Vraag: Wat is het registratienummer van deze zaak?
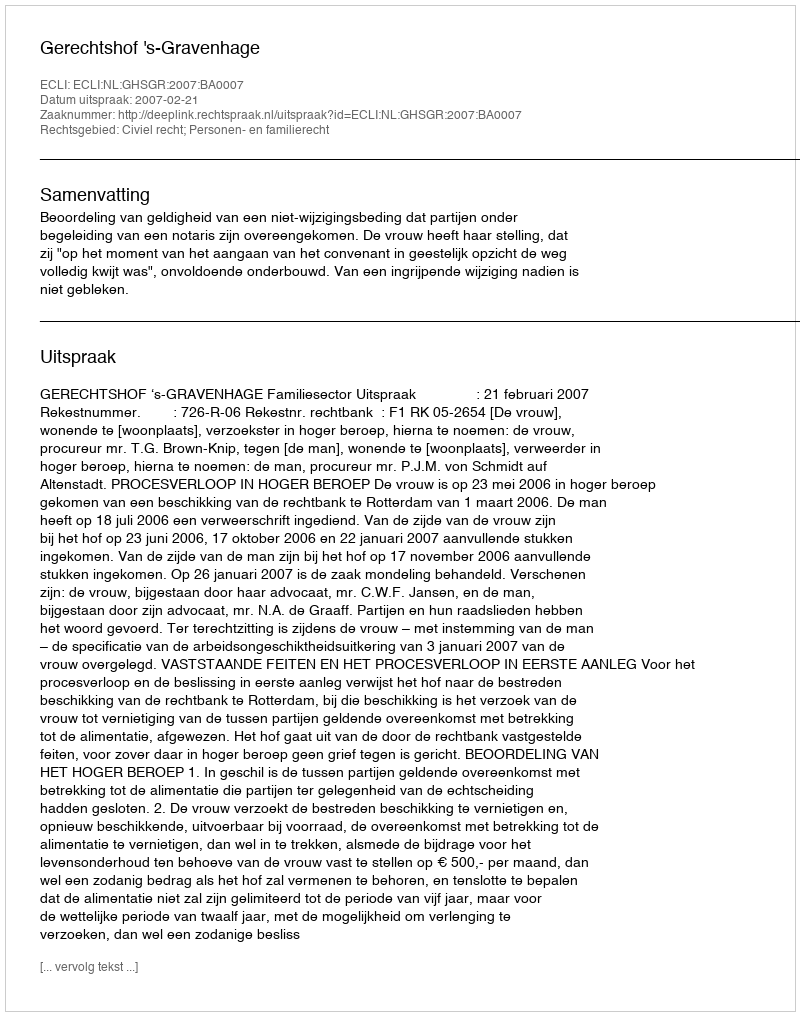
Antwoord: http://deeplink.rechtspraak.nl/uitspraak?id=ECLI:NL:GHSGR:2007:BA0007